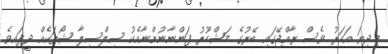
މިދިޔަ އަހަރު ވެސް ރާއްޖޭގައި ބޭރުގެ މަޝްހޫރު ފަންނާނުންނާއެކު ސިލްސިލާ ޝޯތަކެއް ދީފައިވެ